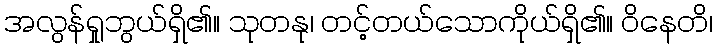
အလွန်ရှုဘွယ်ရှိ၏။ သုတနု၊ တင့်တယ်သောကိုယ်ရှိ၏။ ဝိနေတိ၊